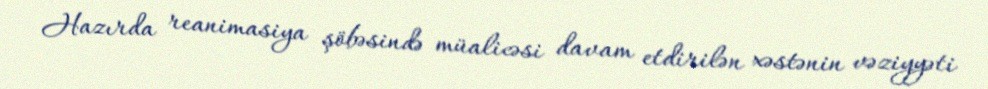
Hazırda reanimasiya şöbəsində müalicəsi davam etdirilən xəstənin vəziyyəti